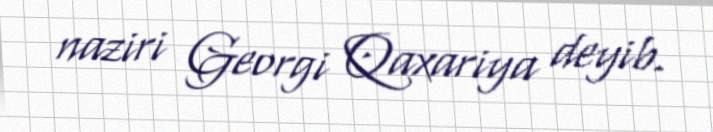
naziri Georgi Qaxariya deyib.